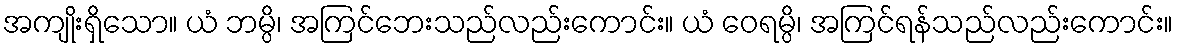
အကျိုးရှိသော။ ယံ ဘမ္ပိ၊ အကြင်ဘေးသည်လည်းကောင်း။ ယံ ဝေရမ္ပိ၊ အကြင်ရန်သည်လည်းကောင်း။